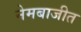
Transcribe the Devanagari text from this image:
नेमबाजीत